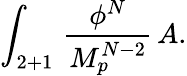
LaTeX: \int_{2+1}\, {\frac{\phi^{N}}{M_{p}^{N-2}}}\, A.